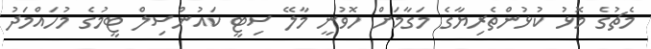
މެޗުގެ މޮޅު ކުޅުންތެރިޔާގެ މަގާމަށް ހޮވުނީ މާލޭ ސިޓީ ކައުންސިލް ޓީމުގެ މުހައްމަދު